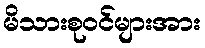
မိသားစုဝင်များအား